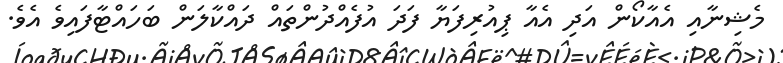
މެޝިނާއި އެއާކޯން އަދި އެއާ ޕިއުރިފަޔާ ފަދަ އުފެއްދުންތައް ދައްކާލަން ބަހައްޓާފައިވެ އެވެ.